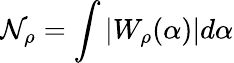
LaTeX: \mathcal{N}_{\rho}=\int|W_{\rho}(\alpha)|d\alpha